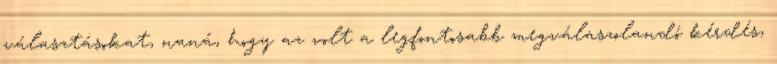
választáso­kat, naná, hogy az volt a legfontosabb megválaszolandó kérdés,